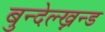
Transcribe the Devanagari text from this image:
बुन्देल्ख्नन्ड